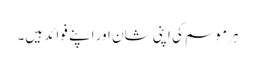
ہر موسم کی اپنی شان اور اپنے فوائد ہیں۔